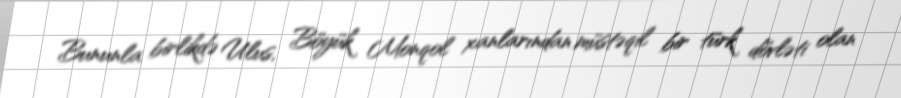
Bununla birlikdə Ulus, Böyük Monqol xanlarından müstəqil bir türk dövləti olan